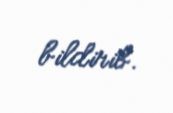
bildirib.